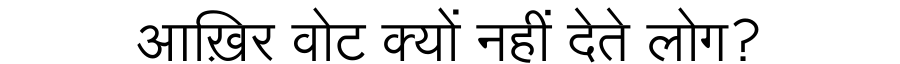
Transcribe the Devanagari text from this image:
आख़िर वोट क्यों नहीं देते लोग?